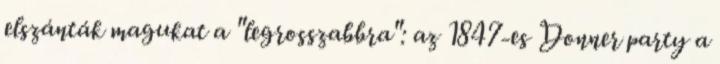
elszánták magukat a "legrosszabbra": az 1847-es Donner party a